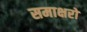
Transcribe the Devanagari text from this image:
समाक्षरों